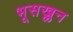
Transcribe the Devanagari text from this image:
भूसख्लन